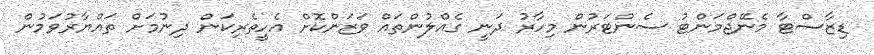
ޑިޒާސްޓާ މެނޭޖްމަންޓު ސެންޓަރުން މިހާރު ދަނީ ގެއްލުންތައް ވަޒަންކޮށް އެހީތެރިކަން ދިނުމަށް ތައްޔާރުވަމުން